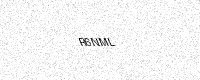
Text: R6NML